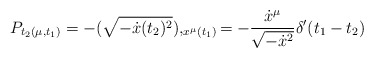
\begin{align*}P_{t_2(\mu,t_1)} = - (\sqrt {- \dot{x}(t_2)^2}),_{x^{\mu}(t_1)} = - {{\dot{x}^{\mu}} \over{\sqrt{-\dot{x}^2}}} \delta'(t_1-t_2)\end{align*}